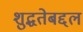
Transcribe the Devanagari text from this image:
शुद्धतेबद्दल